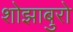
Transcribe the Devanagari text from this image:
शोझाबुरो